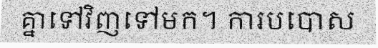
គ្នាទៅវិញទៅមក។ ការបបោស